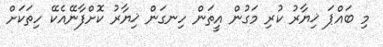
މި ބައްޕަ ޚިޔާރު ކުރި މަގުން އީތަން ހިނގަން ޚިޔާރު ކޮށްފާނޭއެކޭ ހިތަކަށް